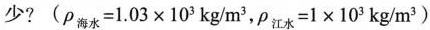
少?(ρ_{海水}=1.03\times10^{3}kg/m^{3}，ρ_{江水}=1\times10^{3}kg/m^{3})